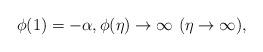
LaTeX: \begin{align*}\phi(1)=-\alpha , \phi(\eta)\to \infty \ (\eta \to \infty),\end{align*}